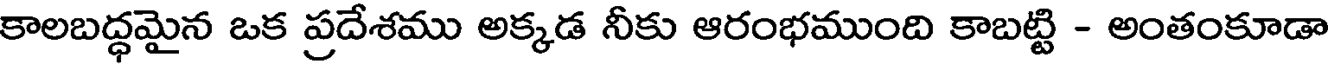
కాలబద్ధమైన ఒక ప్రదేశము అక్కడ నీకు ఆరంభముంది కాబట్టి - అంతంకూడా